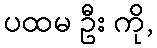
ပထမ ဦး ကို,